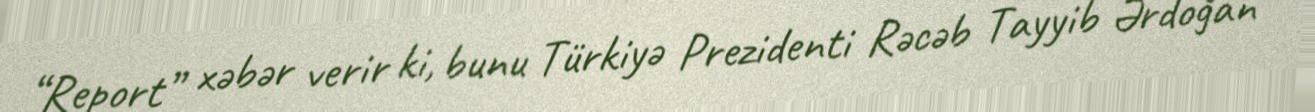
“Report” xəbər verir ki, bunu Türkiyə Prezidenti Rəcəb Tayyib Ərdoğan